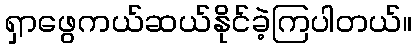
ရှာဖွေကယ်ဆယ်နိုင်ခဲ့ကြပါတယ်။